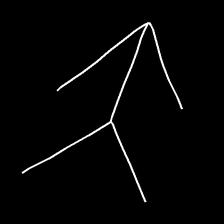
Glyph: gather